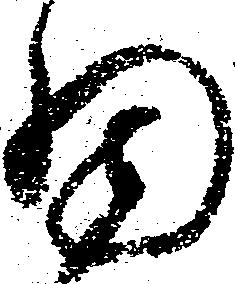
細